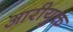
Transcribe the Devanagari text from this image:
आरीयुक्त